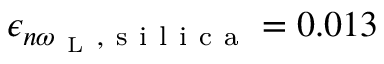
\epsilon _ { n \omega _ { \mathrm { ~ L ~ } } , \mathrm { ~ s ~ i ~ l ~ i ~ c ~ a ~ } } = 0 . 0 1 3